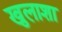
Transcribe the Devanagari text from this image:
खुलाशा